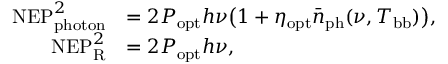
\begin{array} { r l } { \mathrm { N E P } _ { \mathrm { p h o t o n } } ^ { 2 } } & { = 2 P _ { \mathrm { o p t } } h \nu \big ( 1 + \eta _ { \mathrm { o p t } } \bar { n } _ { \mathrm { p h } } ( \nu , T _ { \mathrm { b b } } ) \big ) , } \\ { \mathrm { N E P } _ { \mathrm { R } } ^ { 2 } } & { = 2 P _ { \mathrm { o p t } } h \nu , } \end{array}